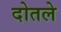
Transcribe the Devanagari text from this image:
दोतले